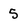
Character: 5